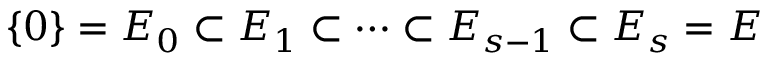
\{ 0 \} = E _ { 0 } \subset E _ { 1 } \subset \cdots \subset E _ { s - 1 } \subset E _ { s } = E